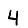
Digit: 4